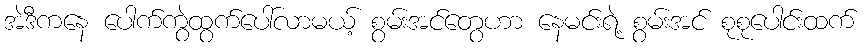
အဲဒီကနေ ပေါက်ကွဲထွက်ပေါ်လာမယ့် စွမ်းအင်တွေဟာ နေမင်းရဲ့ စွမ်းအင် စုစုပေါင်းထက်